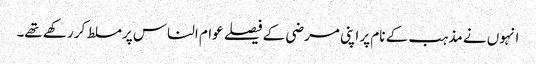
انہوں نے مذہب کے نام پر اپنی مرضی کے فیصلے عوام الناس پرمسلط کر رکھے تھے۔